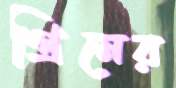
গ্রিনের